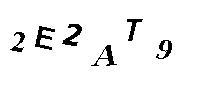
2E2AT9